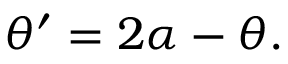
\theta ^ { \prime } = 2 \alpha - \theta .